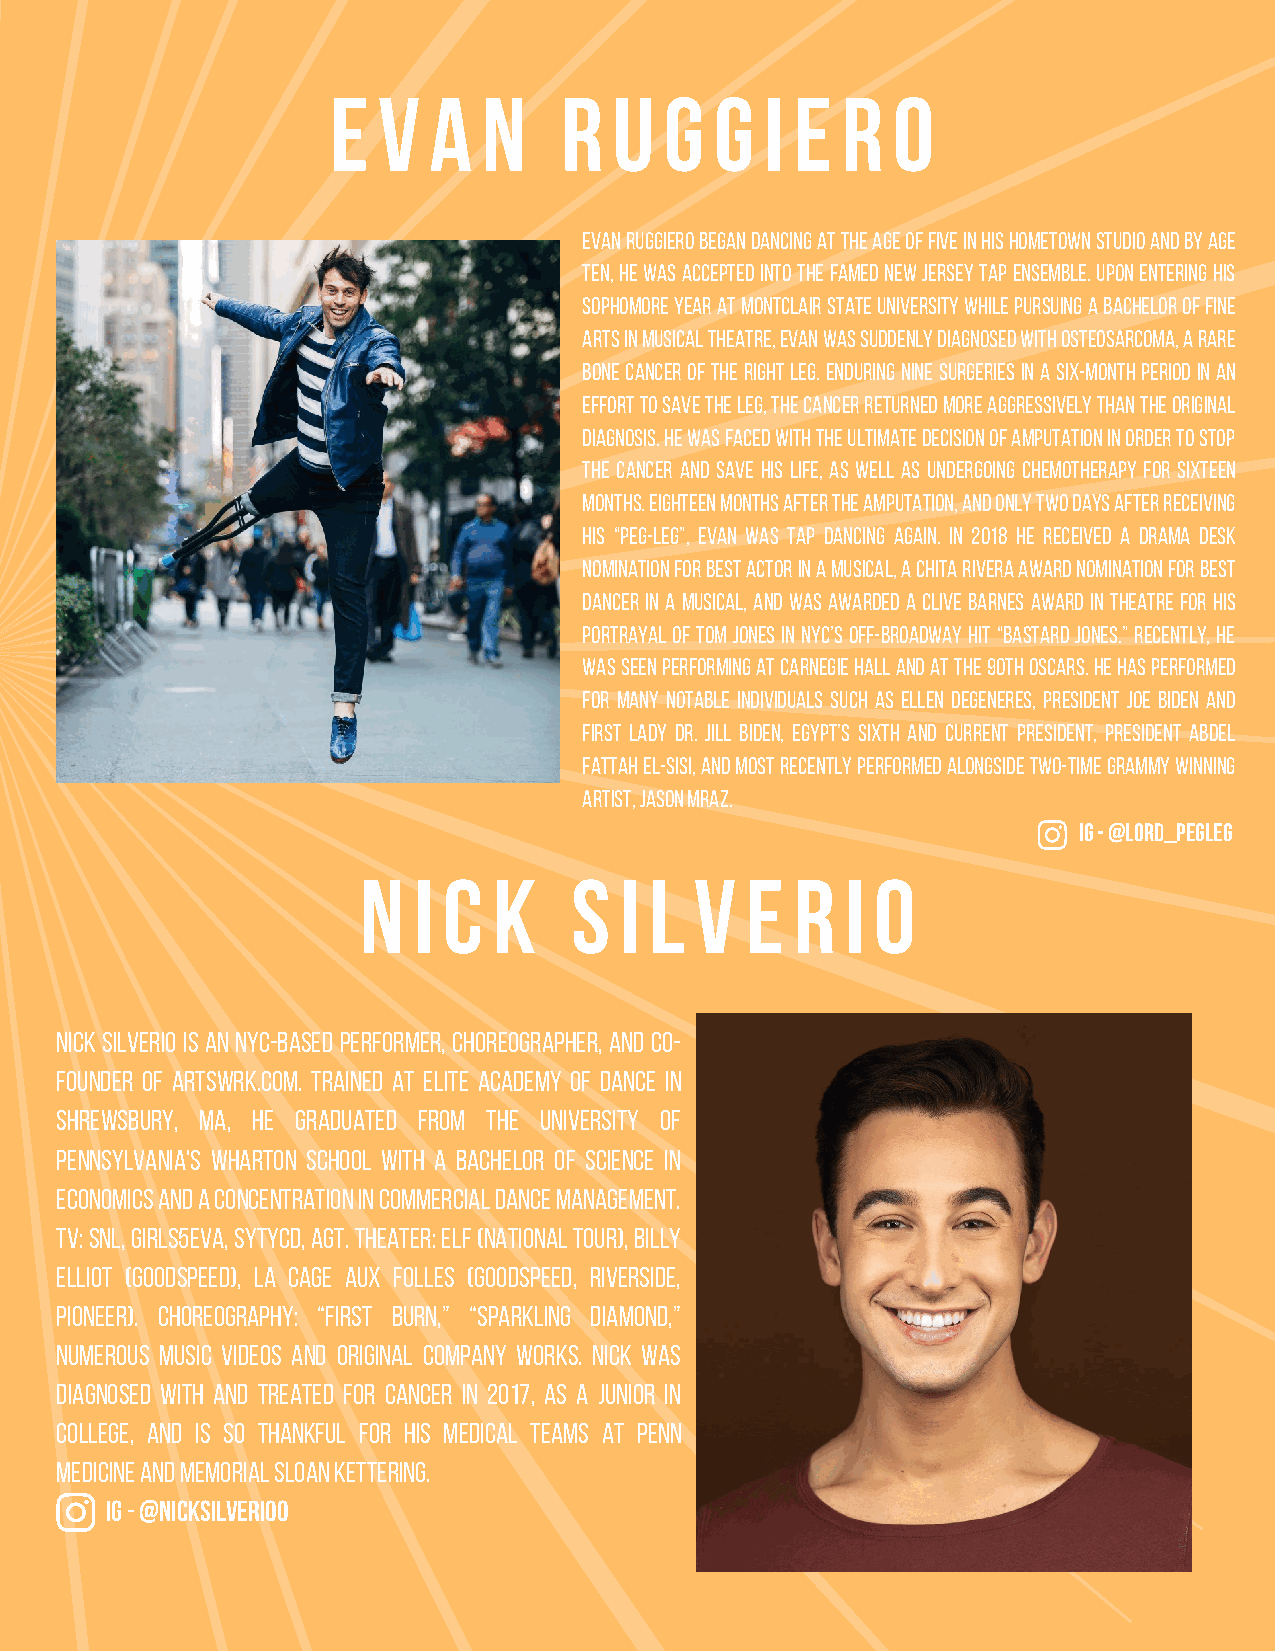
e  v  a   n    r   u  g  g   i e  r  o
 Evan Ruggiero began dancing at the age of five in his hometown studio and by age
 ten, he was accepted into the famed New Jersey Tap Ensemble. Upon entering his
 sophomore year at Montclair State University while pursuing a Bachelor of Fine
 Arts in Musical Theatre, Evan was suddenly diagnosed with Osteosarcoma, a rare
 bone cancer of the right leg. Enduring nine surgeries in a six-month period in an
 effort to save the leg, the cancer returned more aggressively than the original
 diagnosis. He was faced with the ultimate decision of amputation in order to stop
 the cancer and save his life, as well as undergoing chemotherapy for sixteen
 months. Eighteen months after the amputation, and only two days after receiving
 his “peg-leg”, Evan was tap dancing again. In 2018 he received a Drama Desk
 Nomination for Best Actor in a Musical, a Chita Rivera Award Nomination for Best
 Dancer in a Musical, and was awarded a Clive Barnes Award in Theatre for his
 portrayal of Tom Jones in NYC’s off-broadway hit “Bastard Jones.” Recently, he
 was seen performing at Carnegie Hall and at the 90th Oscars. He has performed
 for many notable individuals such as Ellen Degeneres, President Joe Biden and
 First Lady Dr. Jill Biden, Egypt’s sixth and current president, President Abdel
 Fattah el-Sisi, and most recently performed alongside two-time Grammy winning
 artist, Jason Mraz.
 IG - @Lord_Pegleg
 n  i c   k    s  i l  v  e   r  i o
 Nick Silverio is an NYC-based performer, choreographer, and co-
 founder of Artswrk.com. Trained at Elite Academy of Dance in
 Shrewsbury, MA, he graduated from the University of
 Pennsylvania's Wharton School with a Bachelor of Science in
 Economics and a concentration in Commercial Dance Management.
 TV: SNL, Girls5Eva, SYTYCD, AGT. Theater: Elf (national tour), Billy
 Elliot (Goodspeed), La Cage Aux Folles (Goodspeed, Riverside,
 Pioneer). Choreography: “First Burn,” “Sparkling Diamond,”
 numerous music videos and original company works. Nick was
 diagnosed with and treated for cancer in 2017, as a junior in
 college, and is so thankful for his medical teams at Penn
 Medicine and Memorial Sloan Kettering.
 ig - @nicksilverioo